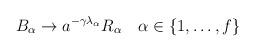
LaTeX: \begin{align*}B_{\alpha} \to a^{-\gamma\lambda_{\alpha}}R_{\alpha} \quad \alpha \in \{1,\ldots,f\} \end{align*}